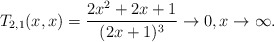
\begin{align*}T_{2,1}(x,x)=\frac{2x^2+2x+1}{(2x+1)^3}\to 0, x\to \infty. \end{align*}